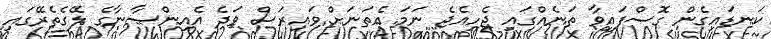
ކަނޑައިގެން ގޮސްފައިވާ ތަނެއްގައި ޖެހިއެޖެ ނަމަ އެތަނަށް ވައިރަސް ވަދެ އެއިންސާނާގެ ލޭގެތެރޭގައި